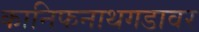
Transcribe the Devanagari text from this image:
कानिफनाथगडावर